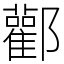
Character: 酄